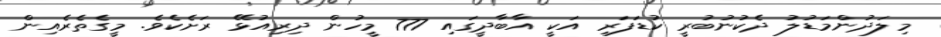
މިލަދުންމަޑުލު ދެކުނުބުރީ ކުޑަފަރި އަކީ އާބާދީގައި 777 މީހުން ދިރިއުޅޭ ރަށެކެވެ. މީގެތެރެއިން